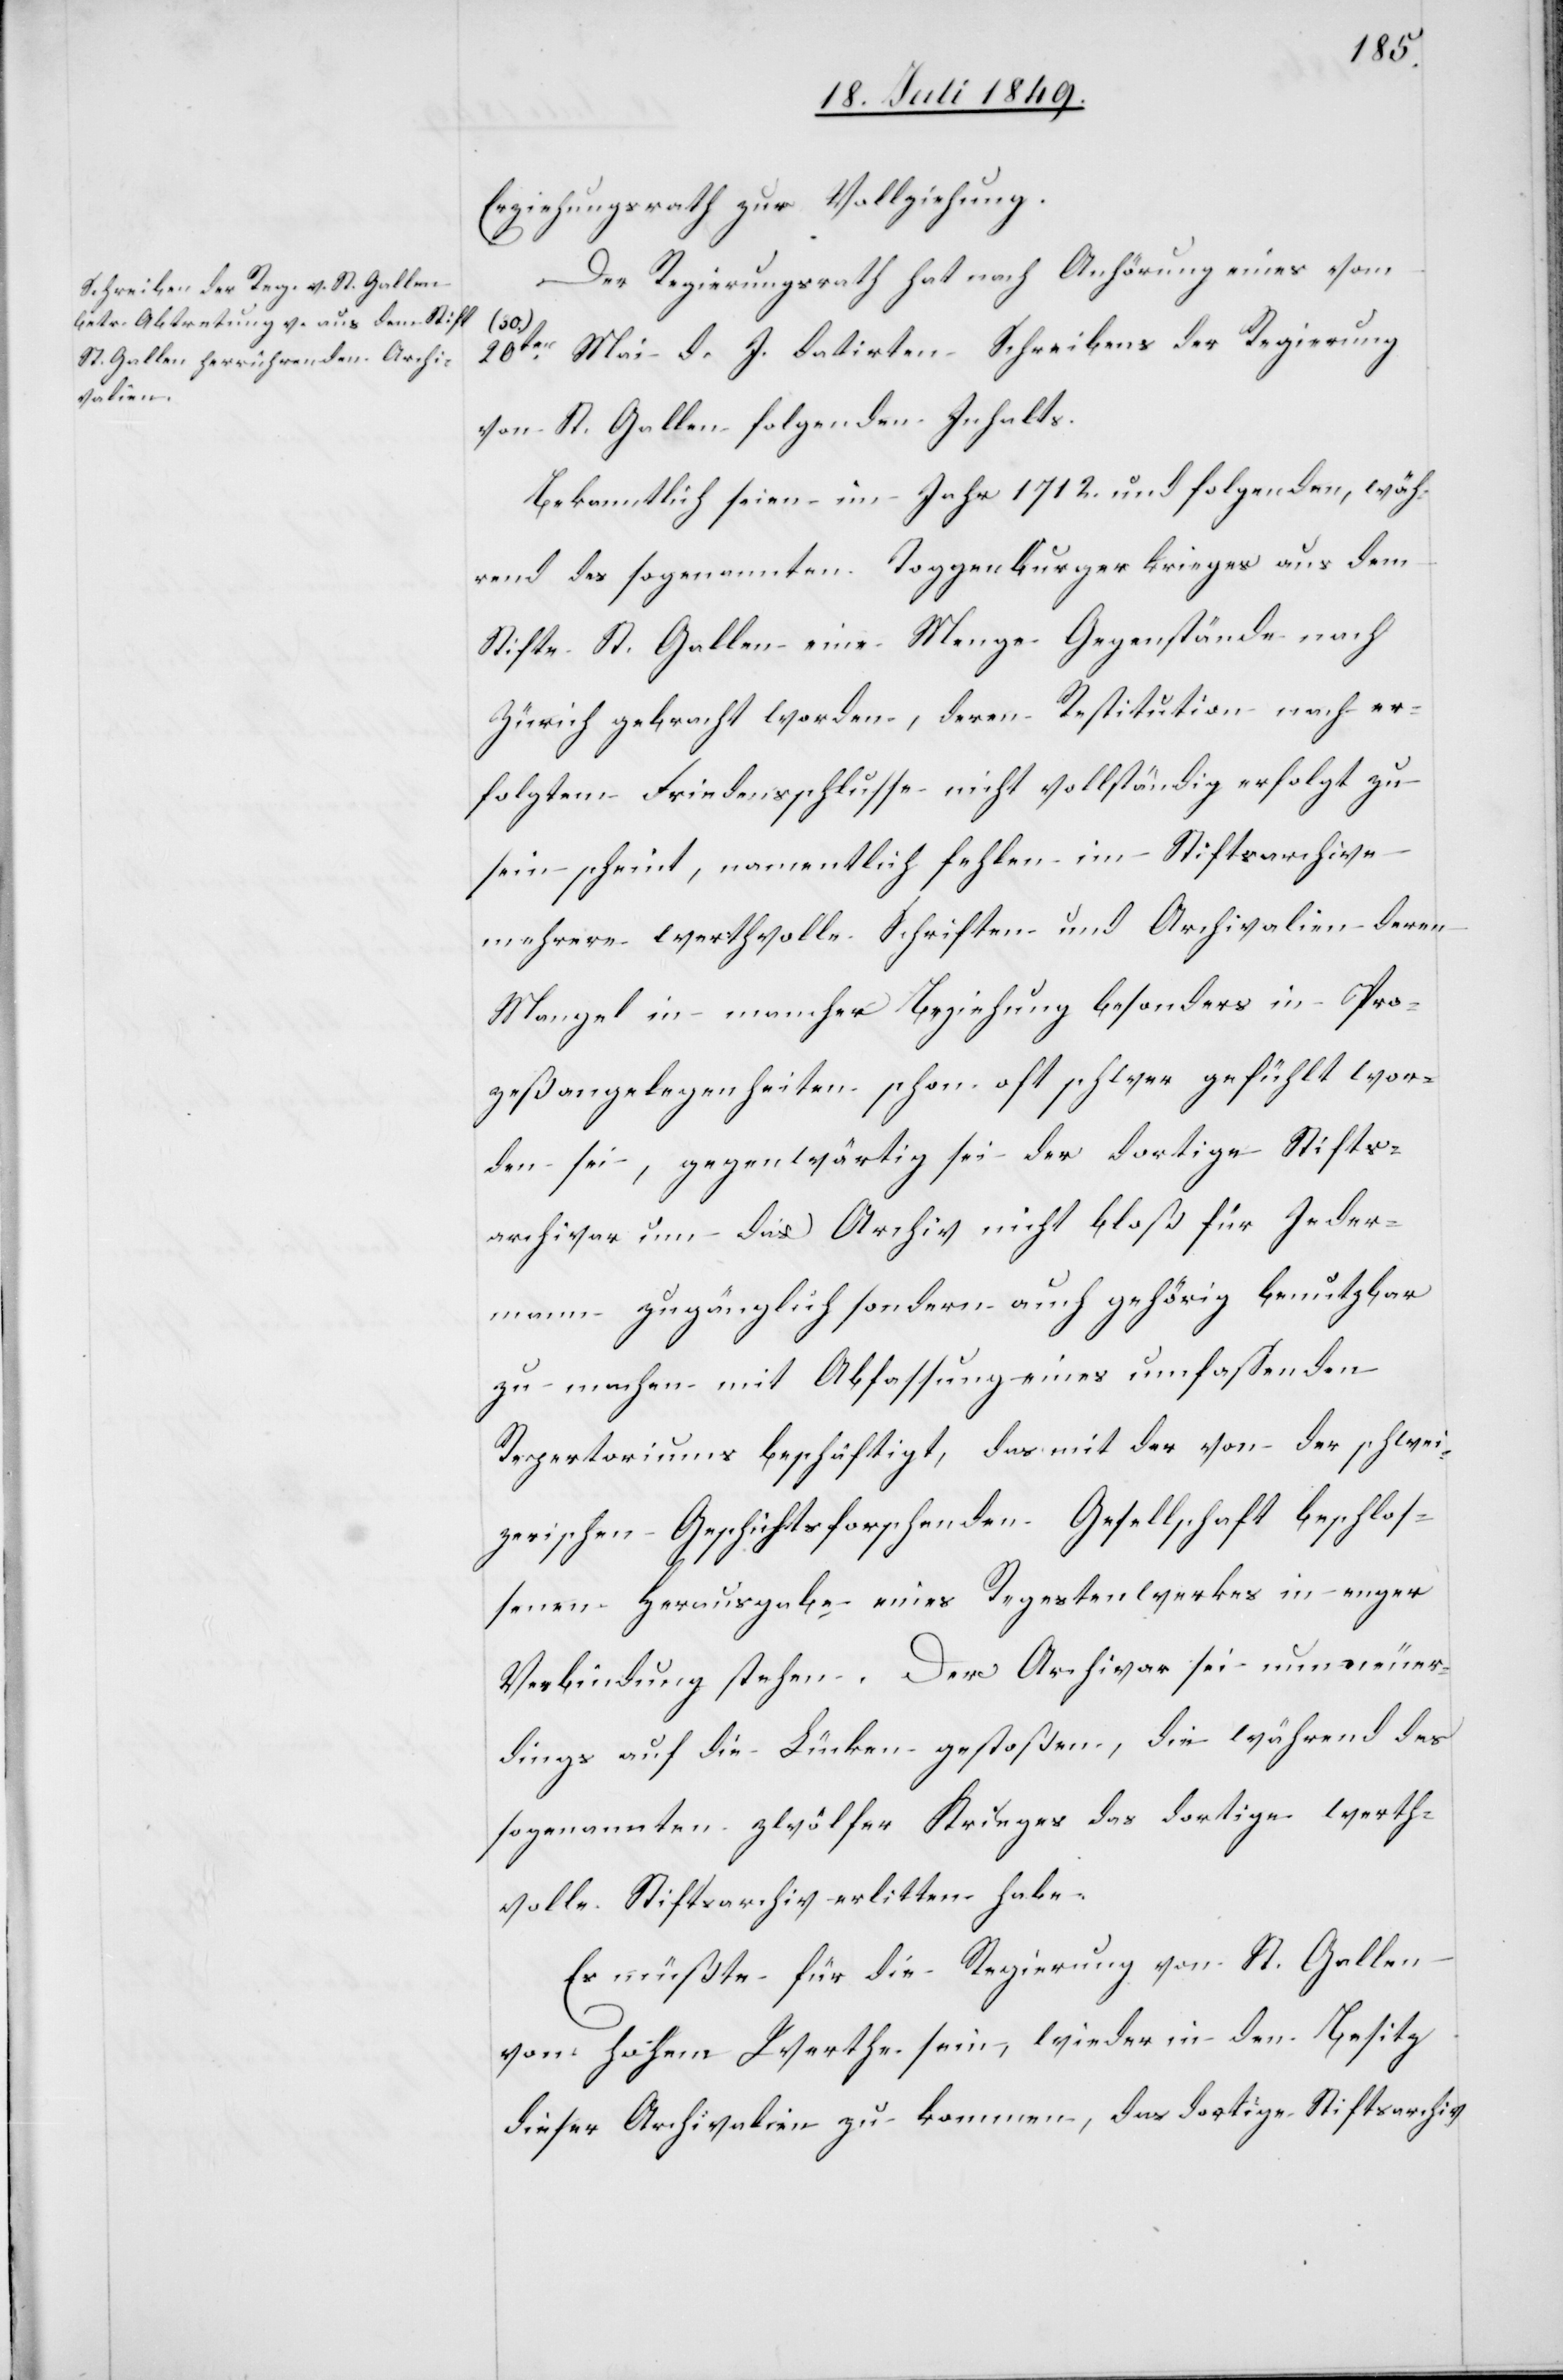
Erziehungsrathe zur Vollziehung.
Der Regierungsrath hat nach Anhörung eines vom
neuer¬
Mai d. J. datirten Schreibens der Regierung
von St. Gallen folgenden Inhalts.
Bekanntlich seien im Jahr 1712. und folgenden, wäh¬
rend des sogenannten Toggenburgerkrieges aus dem
Stifte St. Gallen eine Menge Gegenstände nach
Zürich gebracht worden, deren Restitution nach er¬
folgtem Friedensschlusse nicht vollständig erfolgt zu
sein scheint, namentlich fehlen im Stiftsarchive
mehrere werthvolle Schriften und Archivalien[,] deren
Mangel in mancher Beziehung besonders in Pro¬
zeßangelegenheiten schon oft schwer gefühlt wor¬
den sei, gegenwärtig sei der dortige Stifts¬
archivar um das Archiv nicht bloß für Jeder¬
mann zugänglich sondern auch gehörig benutzbar
zu machen mit Abfassung eines umfaßenden
Repertoriums beschäftigt, das mit der von der schwei¬
zerischen Geschichtsforschenden Gesellschaft beschlos¬
senen Herausgabe eines Regestenwerkes in enger
dings auf die Lücken gestoßen, die während des
sogenannten zwölfer Krieges das dortige werth¬
volle Stiftsarchiv erlitten habe.
Es müßte für die Regierung von St. Gallen
vom hohem Werthe sein, wieder in den Besitz
dieser Archivalien zu kommen, das dortige Stiftsarchiv